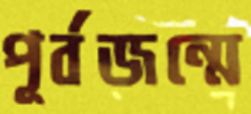
পূর্বজন্মে